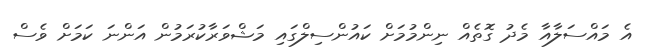
އެ މައްސަލާއާ މެދު ގޮތެއް ނިންމުމަށް ކައުންސިލްގައި މަޝްވަރާކުރަމުން އަންނަ ކަމަށް ވެސް